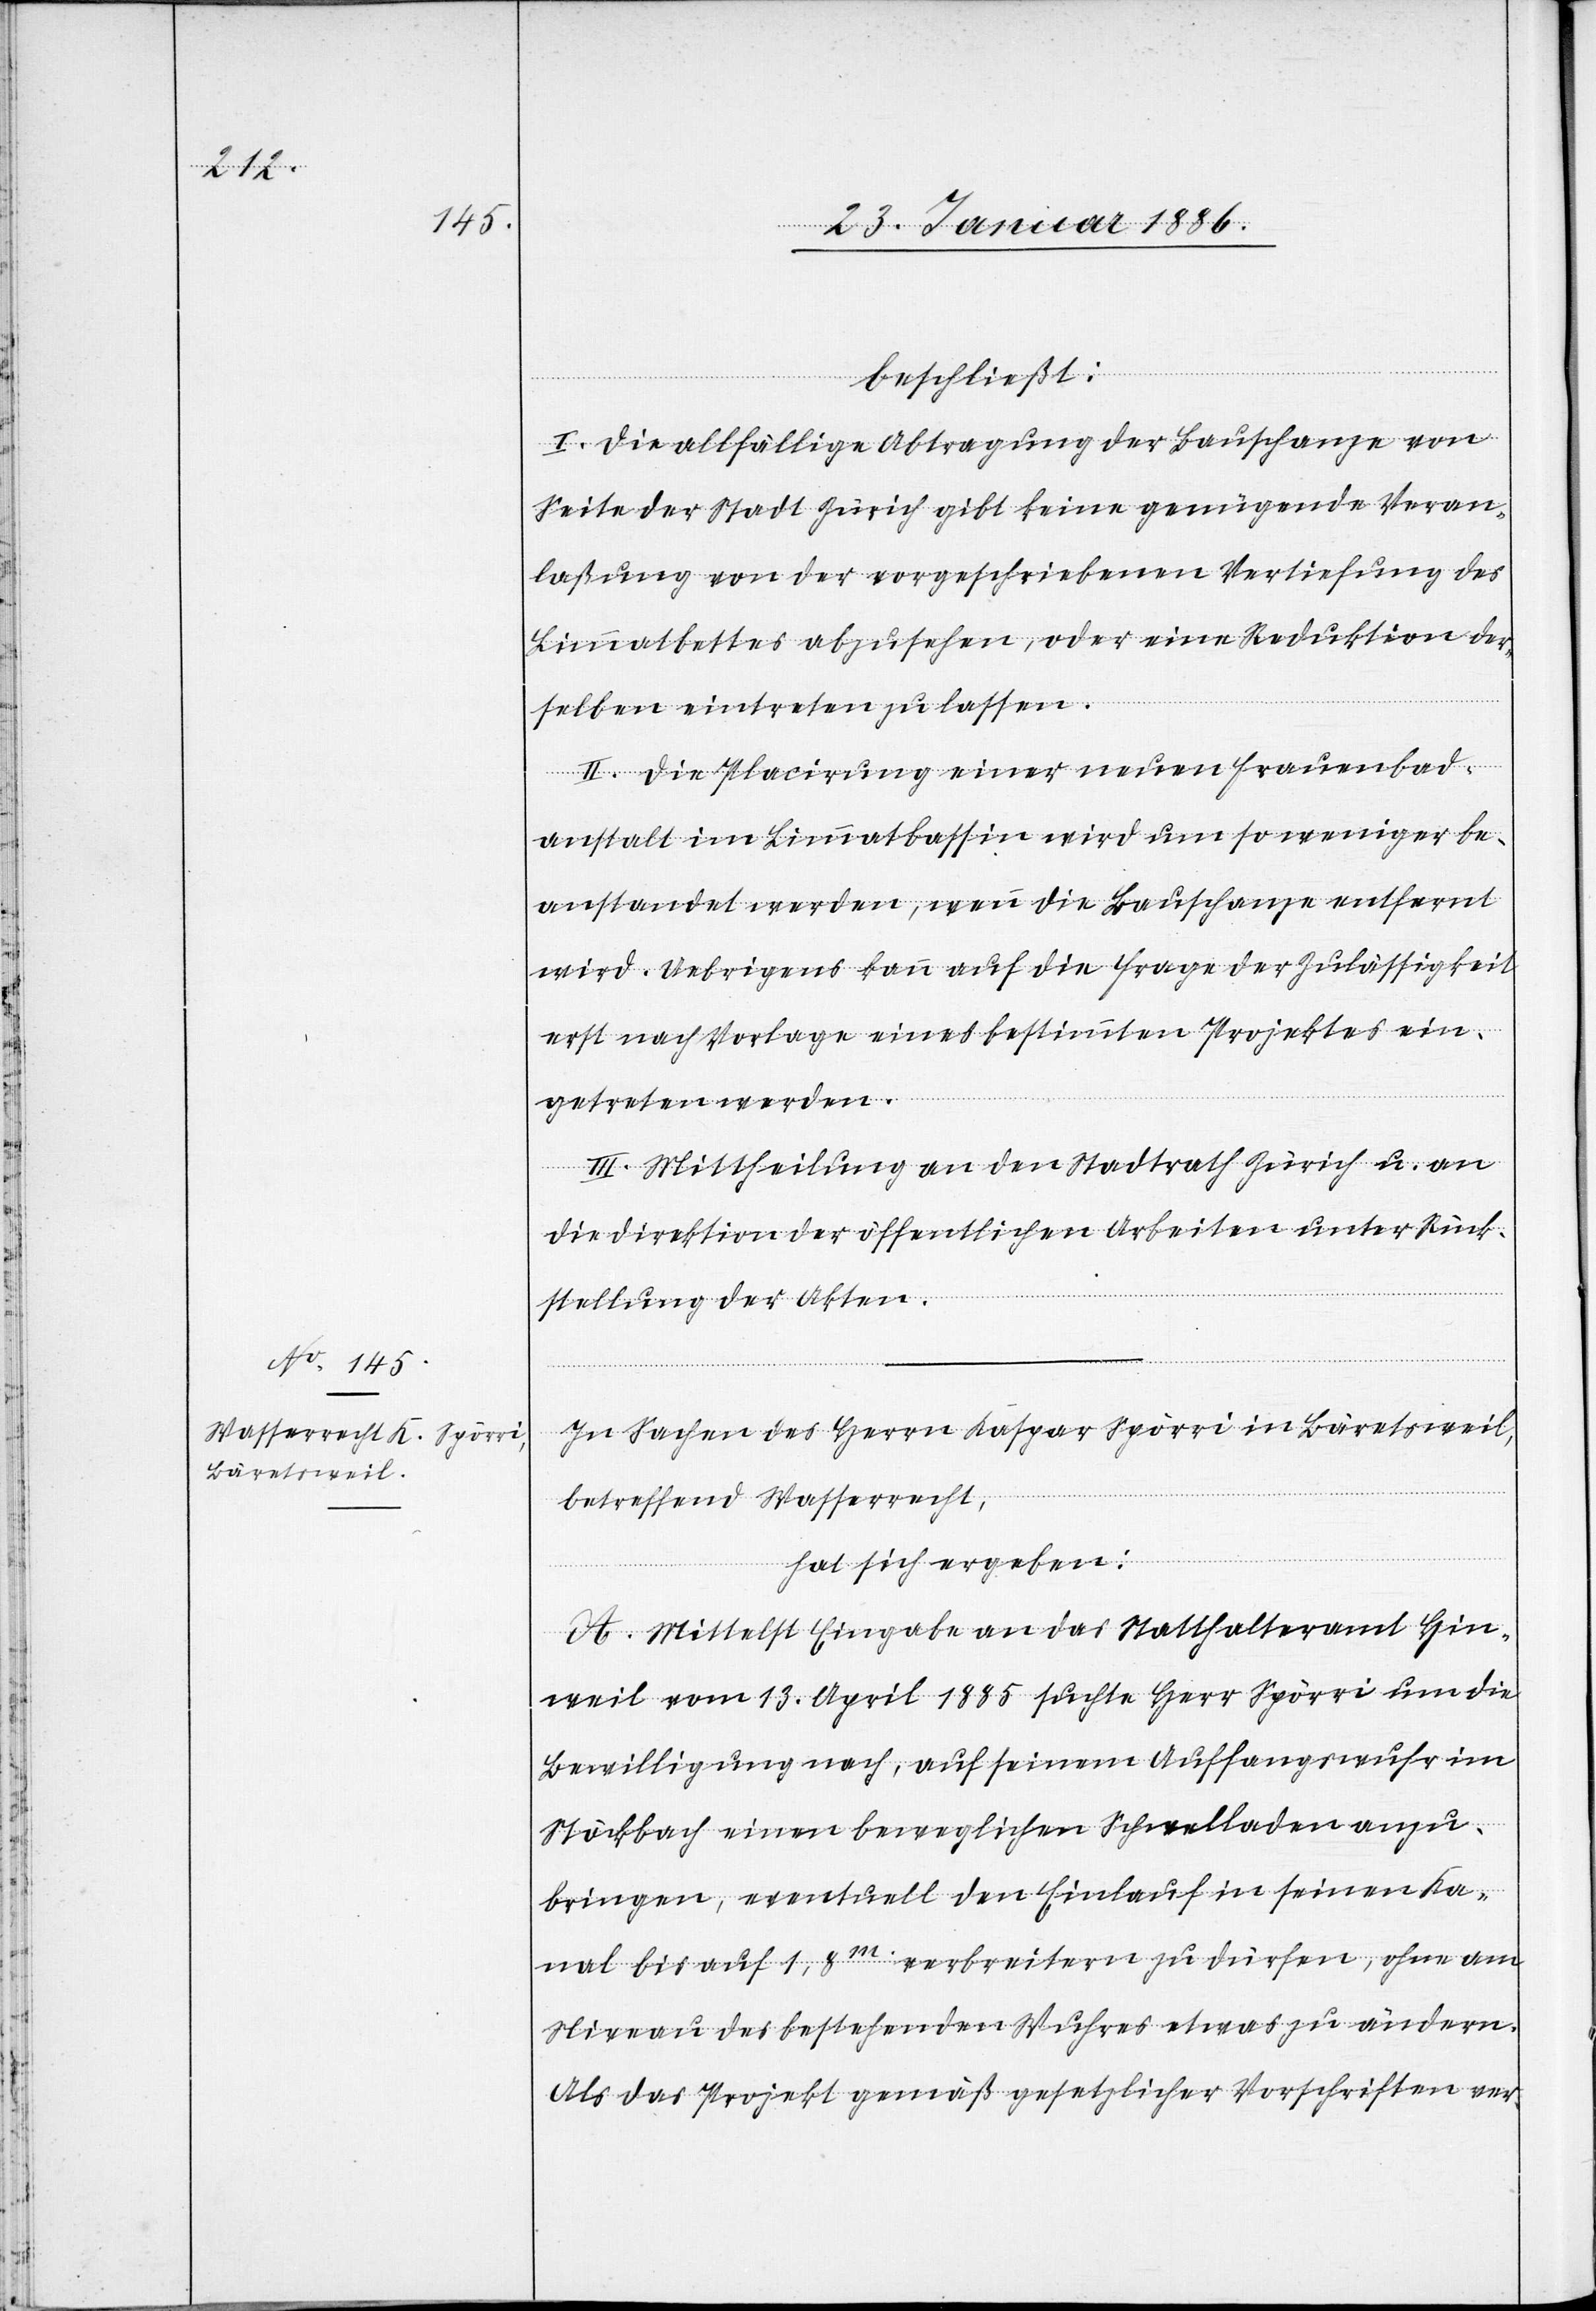
beschließt:
I. Die allfällige Abtragung der Bauschanze von
Seite der Stadt Zürich gibt keine genügende Veran¬
laßung von der vorgeschriebenen Versicherung des
Limmatbettes abzusehen, oder eine Reduktion der¬
selben eintreten zu lassen.
II. Die Placierung einer neuen Frauenbad¬
anstalt im Limmatbassin wird um so weniger be¬
anstandet werden, wenn die Bauschanze entfernt
wird. Uebrigens kann auf die Frage der Zulässigkeit
erst nach Vorlage eines bestimmten Projektes ein¬
getreten werden.
III. Mittheilung an den Stadtrath Zürich u. an
die Direktion der öffentlichen Arbeiten unter Rück¬
stellung der Akten.
In Sachen des Herrn Kaspar Spörri in Bäretsweil,
betreffend Wasserrecht,
hat sich ergeben:
A. Mittelst Eingabe an das Statthalteramt Hin¬
weil vom 13. April 1885 suchte Herr Spörri um die
Bewilligung nach, auf seinem Auffangswuhr im
Stöckbach einen beweglichen Schwelladen anzu¬
bringen, eventuell den Einlauf in seinen Ka¬
nal bis auf 1,8m verbreitern zu dürfen, ohne am
Niveau des bestehenden Wuhres etwas zu ändern.
Als das Projekt gemäß gesetzlicher Vorschriften ver-